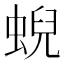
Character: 蜺